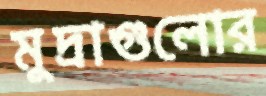
মুদ্রাগুলোর